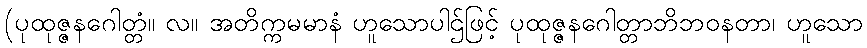
(ပုထုဇ္ဇနဂေါတ္တံ။ လ။ အတိက္ကမမာနံ ဟူသောပါဌ်ဖြင့် ပုထုဇ္ဇနဂေါတ္တာဘိဘဝနတာ၊ ဟူသော